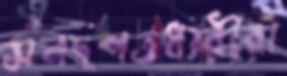
সনদপত্রধারীরা